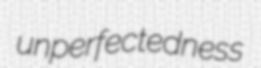
unperfectedness